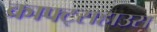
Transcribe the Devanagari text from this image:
क्राफ्ट्सहाउस